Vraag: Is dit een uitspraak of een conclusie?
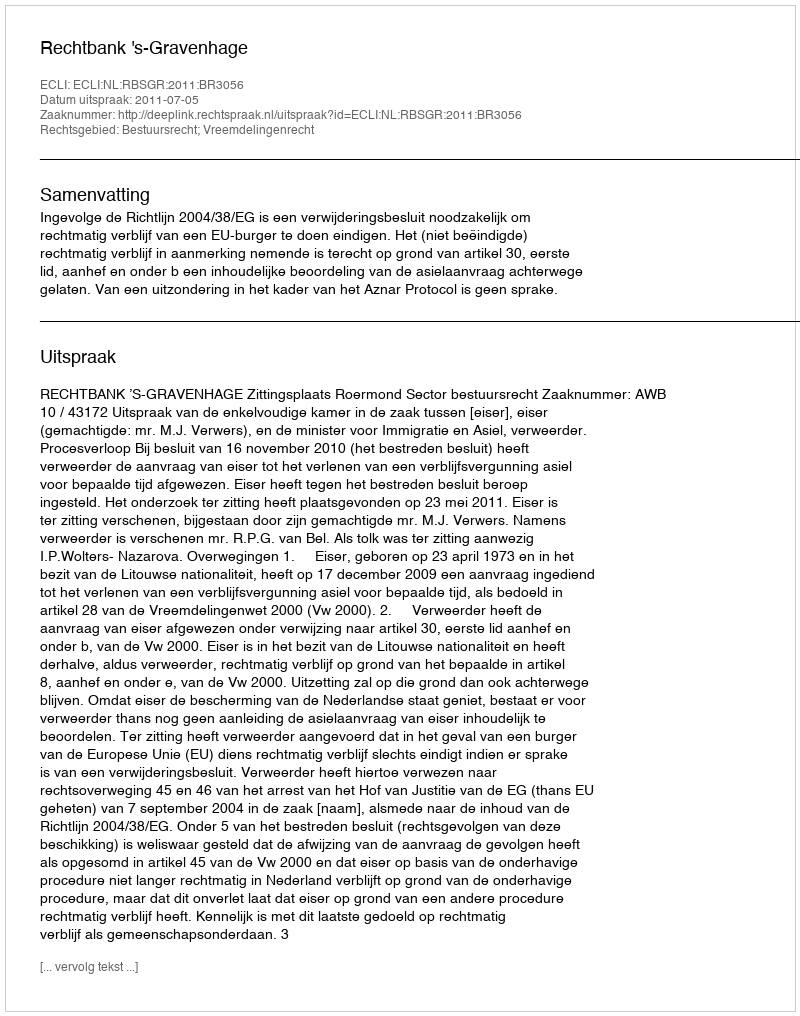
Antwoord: Uitspraak